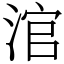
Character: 涫